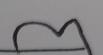
Signature authenticity: forged